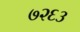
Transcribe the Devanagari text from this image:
७२६३